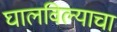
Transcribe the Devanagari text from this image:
घालविल्याचा